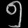
Digit: ၅